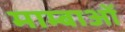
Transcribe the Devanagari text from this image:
माम्बाओं